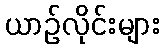
ယာဉ်လိုင်းများ